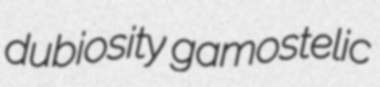
dubiosity gamostelic